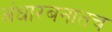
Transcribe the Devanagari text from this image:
अंधारबनातच